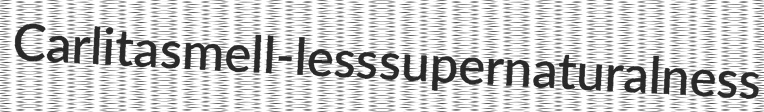
Carlita smell-less supernaturalness